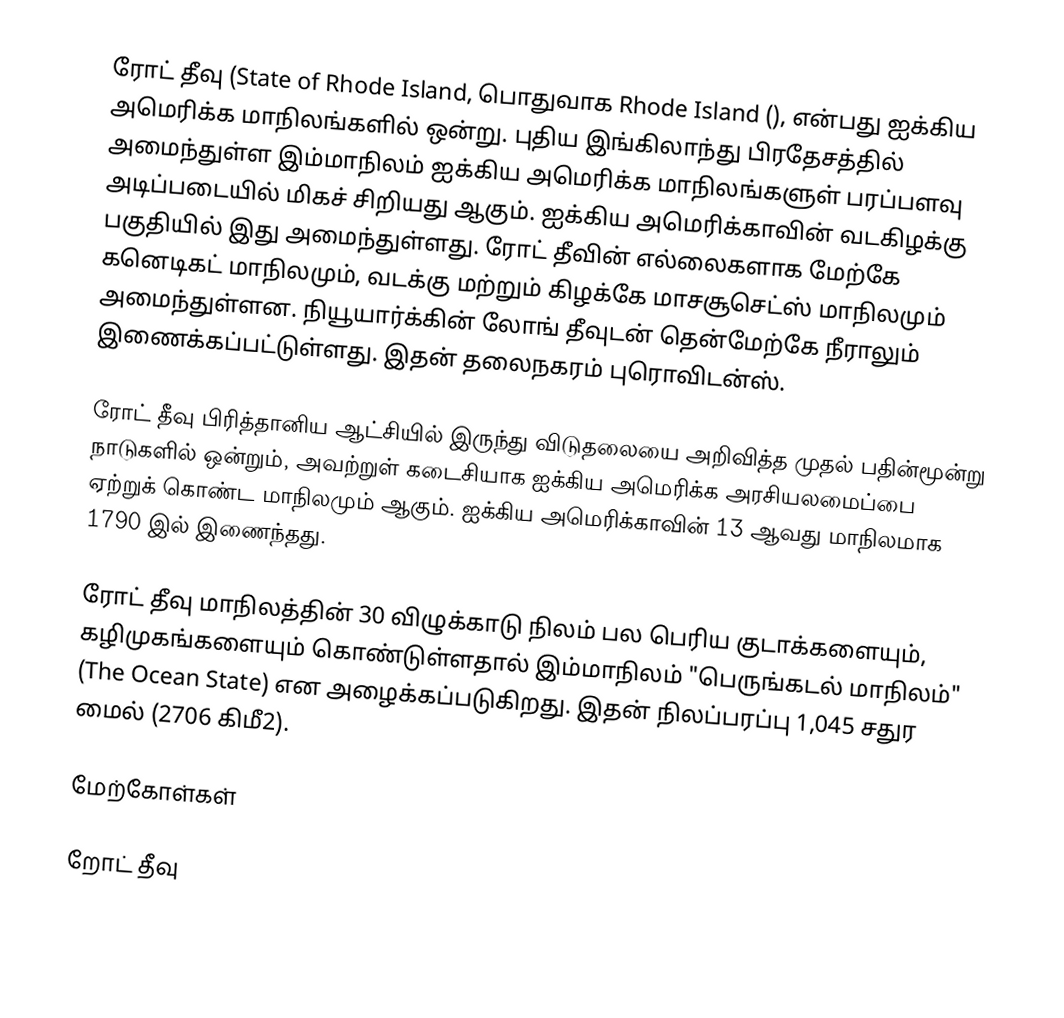
ரோட் தீவு (State of Rhode Island, பொதுவாக Rhode Island (), என்பது ஐக்கிய அமெரிக்க மாநிலங்களில் ஒன்று. புதிய இங்கிலாந்து பிரதேசத்தில் அமைந்துள்ள இம்மாநிலம் ஐக்கிய அமெரிக்க மாநிலங்களுள் பரப்பளவு அடிப்படையில் மிகச் சிறியது ஆகும். ஐக்கிய அமெரிக்காவின் வடகிழக்கு பகுதியில் இது அமைந்துள்ளது. ரோட் தீவின் எல்லைகளாக மேற்கே கனெடிகட் மாநிலமும், வடக்கு மற்றும் கிழக்கே மாசசூசெட்ஸ் மாநிலமும் அமைந்துள்ளன. நியூயார்க்கின் லோங் தீவுடன் தென்மேற்கே நீராலும் இணைக்கப்பட்டுள்ளது. இதன் தலைநகரம் புரொவிடன்ஸ்.

ரோட் தீவு பிரித்தானிய ஆட்சியில் இருந்து விடுதலையை அறிவித்த முதல் பதின்மூன்று நாடுகளில் ஒன்றும், அவற்றுள் கடைசியாக ஐக்கிய அமெரிக்க அரசியலமைப்பை ஏற்றுக் கொண்ட மாநிலமும் ஆகும். ஐக்கிய அமெரிக்காவின் 13 ஆவது மாநிலமாக 1790 இல் இணைந்தது.

ரோட் தீவு மாநிலத்தின் 30 விழுக்காடு நிலம் பல பெரிய குடாக்களையும், கழிமுகங்களையும் கொண்டுள்ளதால் இம்மாநிலம் "பெருங்கடல் மாநிலம்" (The Ocean State) என அழைக்கப்படுகிறது. இதன் நிலப்பரப்பு 1,045 சதுர மைல் (2706 கிமீ2).

மேற்கோள்கள்

றோட் தீவு